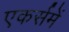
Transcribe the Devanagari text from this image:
एकर्समें